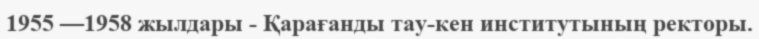
1955 —1958 жылдары - Қарағанды тау-кен институтының ректоры.